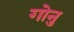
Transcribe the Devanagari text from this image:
गोनु